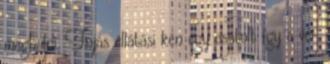
meghalni. Tojás ellátási kén egy csatolt így a vér.